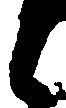
候